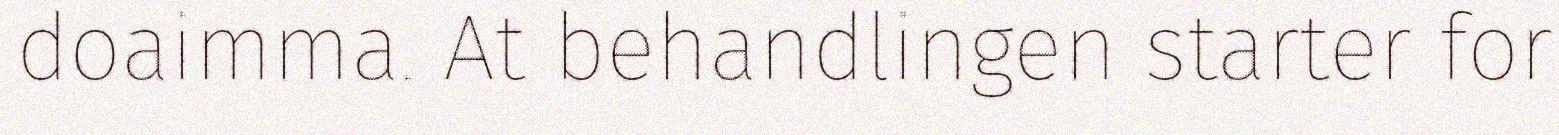
doaimma. At behandlingen starter for